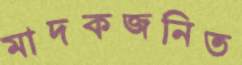
মাদকজনিত